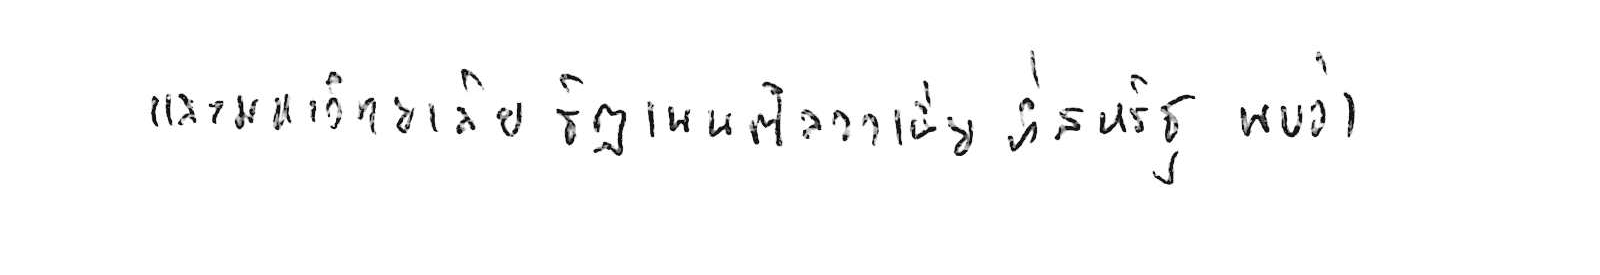
และมหาวิทยาลัยรัฐเพนซิลวาเนีย ที่สหรัฐ พบว่า